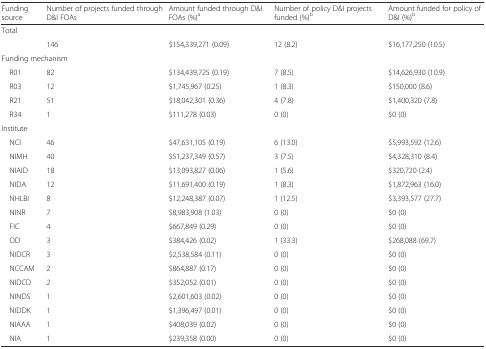
<table><thead><tr><td><b>Funding source</b></td><td><b>Number of projects funded through D&amp;I FOAs</b></td><td><b>Amount funded through D&amp;I FOAs (%)<sup>a</sup></b></td><td><b>Number of policy D&amp;I projects funded (%)<sup>b</sup></b></td><td><b>Amount funded for policy of D&amp;I (%)<sup>b</sup></b></td></tr></thead><tbody><tr><td colspan="5">Total</td></tr><tr><td></td><td>146</td><td>$154,339,271 (0.09)</td><td>12 (8.2)</td><td>$16,177,250 (10.5)</td></tr><tr><td colspan="5">Funding mechanism</td></tr><tr><td> R01</td><td>82</td><td>$134,439,725 (0.19)</td><td>7 (8.5)</td><td>$14,626,930 (10.9)</td></tr><tr><td> R03</td><td>12</td><td>$1,745,967 (0.25)</td><td>1 (8.3)</td><td>$150,000 (8.6)</td></tr><tr><td> R21</td><td>51</td><td>$18,042,301 (0.36)</td><td>4 (7.8)</td><td>$1,400,320 (7.8)</td></tr><tr><td> R34</td><td>1</td><td>$111,278 (0.03)</td><td>0 (0)</td><td>$0 (0)</td></tr><tr><td>Institute</td><td></td><td></td><td></td><td></td></tr><tr><td> NCI</td><td>46</td><td>$47,631,105 (0.19)</td><td>6 (13.0)</td><td>$5,993,592 (12.6)</td></tr><tr><td> NIMH</td><td>40</td><td>$51,237,349 (0.57)</td><td>3 (7.5)</td><td>$4,328,310 (8.4)</td></tr><tr><td> NIAID</td><td>18</td><td>$13,093,827 (0.06)</td><td>1 (5.6)</td><td>$320,720 (2.4)</td></tr><tr><td> NIDA</td><td>12</td><td>$11,691,400 (0.19)</td><td>1 (8.3)</td><td>$1,872,963 (16.0)</td></tr><tr><td> NHLBI</td><td>8</td><td>$12,248,387 (0.07)</td><td>1 (12.5)</td><td>$3,393,577 (27.7)</td></tr><tr><td> NINR</td><td>7</td><td>$8,983,908 (1.03)</td><td>0 (0)</td><td>$0 (0)</td></tr><tr><td> FIC</td><td>4</td><td>$667,849 (0.29)</td><td>0 (0)</td><td>$0 (0)</td></tr><tr><td> OD</td><td>3</td><td>$384,426 (0.02)</td><td>1 (33.3)</td><td>$268,088 (69.7)</td></tr><tr><td> NIDCR</td><td>3</td><td>$2,538,584 (0.11)</td><td>0 (0)</td><td>$0 (0)</td></tr><tr><td> NCCAM</td><td>2</td><td>$864,887 (0.17)</td><td>0 (0)</td><td>$0 (0)</td></tr><tr><td> NIDCD</td><td>2</td><td>$352,052 (0.01)</td><td>0 (0)</td><td>$0 (0)</td></tr><tr><td> NINDS</td><td>1</td><td>$2,601,603 (0.02)</td><td>0 (0)</td><td>$0 (0)</td></tr><tr><td> NIDDK</td><td>1</td><td>$1,396,497 (0.01)</td><td>0 (0)</td><td>$0 (0)</td></tr><tr><td> NIAAA</td><td>1</td><td>$408,039 (0.02)</td><td>0 (0)</td><td>$0 (0)</td></tr><tr><td> NIA</td><td>1</td><td>$239,358 (0.00)</td><td>0 (0)</td><td>$0 (0)</td></tr></tbody></table>